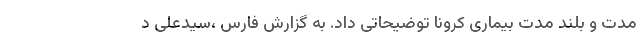
مدت و بلند مدت بیماری کرونا توضیحاتی داد. به گزارش فارس ،سیدعلی د